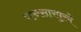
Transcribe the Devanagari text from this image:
रत्नसारपुरमें